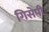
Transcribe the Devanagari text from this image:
गिसेपी